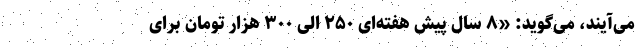
می‌آیند، می‌گوید: «۸ سال پیش هفته‌ای ۲۵۰ الی ۳۰۰ هزار تومان برای